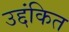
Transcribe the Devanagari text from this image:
उद्दंकित